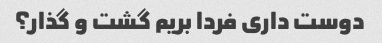
دوست داری فردا بریم گشت و گذار؟